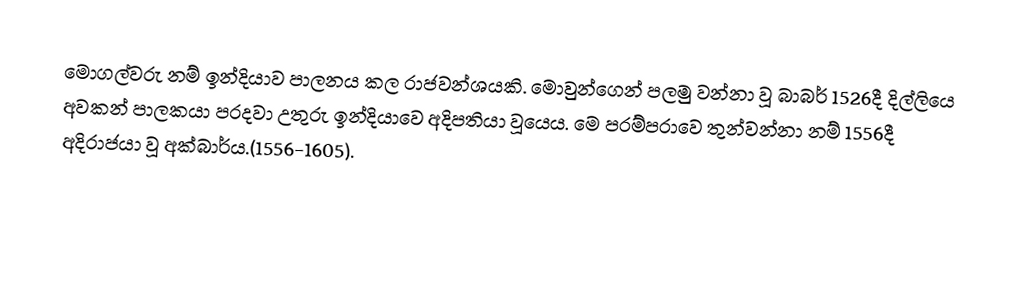
මොගල්වරු නම් ඉන්දියාව පාලනය කල රාජවන්ශයකි. මොවුන්ගෙන් පලමු වන්නා වූ බාබර් 1526දී දිල්ලියෙ අවකන් පාලකයා පරදවා උතුරු ඉන්දියාවෙ අදිපතියා වූයෙය. මෙ පරම්පරාවෙ තුන්වන්නා නම් 1556දී අදිරාජයා වූ අක්බාර්ය.(1556-1605).